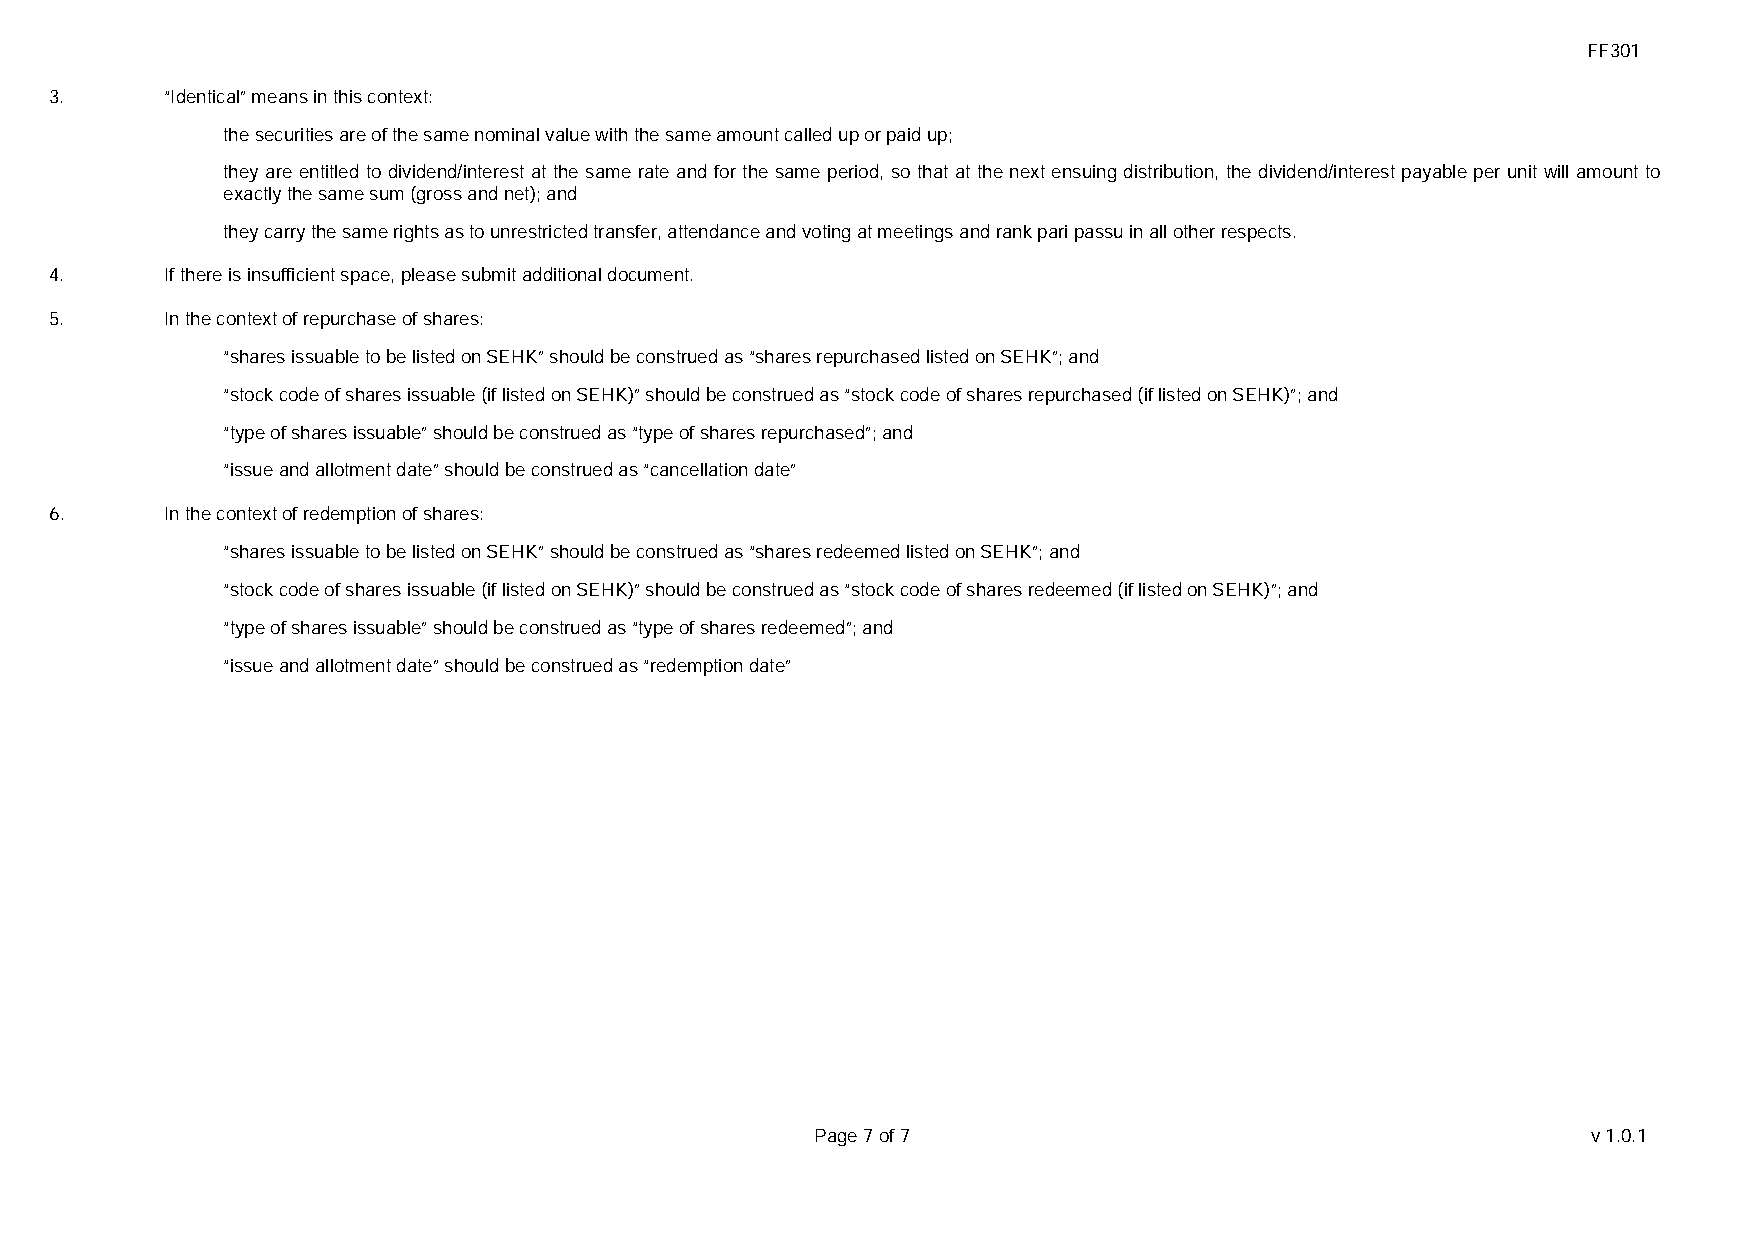
FF301
 3.      “Identical” means in this context:
 ．   the securities are of the same nominal value with the same amount called up or paid up;
 they are entitled to dividend/interest at the same rate and for the same period, so that at the next ensuing distribution, the dividend/interest payable per unit will amount to
 ．
 exactly the same sum (gross and net); and
 ．   they carry the same rights as to unrestricted transfer, attendance and voting at meetings and rank pari passu in all other respects.
 4.      If there is insufficient space, please submit additional document.
 5.      In the context of repurchase of shares:
 ．   “shares issuable to be listed on SEHK” should be construed as “shares repurchased listed on SEHK”; and
 ．   “stock code of shares issuable (if listed on SEHK)” should be construed as “stock code of shares repurchased (if listed on SEHK)”; and
 ．   “type of shares issuable” should be construed as “type of shares repurchased”; and
 ．   “issue and allotment date” should be construed as “cancellation date”
 6.      In the context of redemption of shares:
 ．   “shares issuable to be listed on SEHK” should be construed as “shares redeemed listed on SEHK”; and
 ．   “stock code of shares issuable (if listed on SEHK)” should be construed as “stock code of shares redeemed (if listed on SEHK)”; and
 ．   “type of shares issuable” should be construed as “type of shares redeemed”; and
 ．   “issue and allotment date” should be construed as “redemption date”
 Page 7 of 7                                        v1.0.1